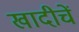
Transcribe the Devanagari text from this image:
खादीचें